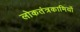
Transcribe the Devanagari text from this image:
लोकतंत्रकामियों